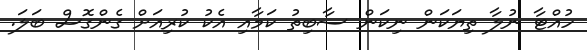
ހުއްޓާ ނުލާ ތިޔަކަން ނިކަން ސާބިތު ކަމާއި އެކު ކުރިއަށް ގެންގޮސް ބަލަ.